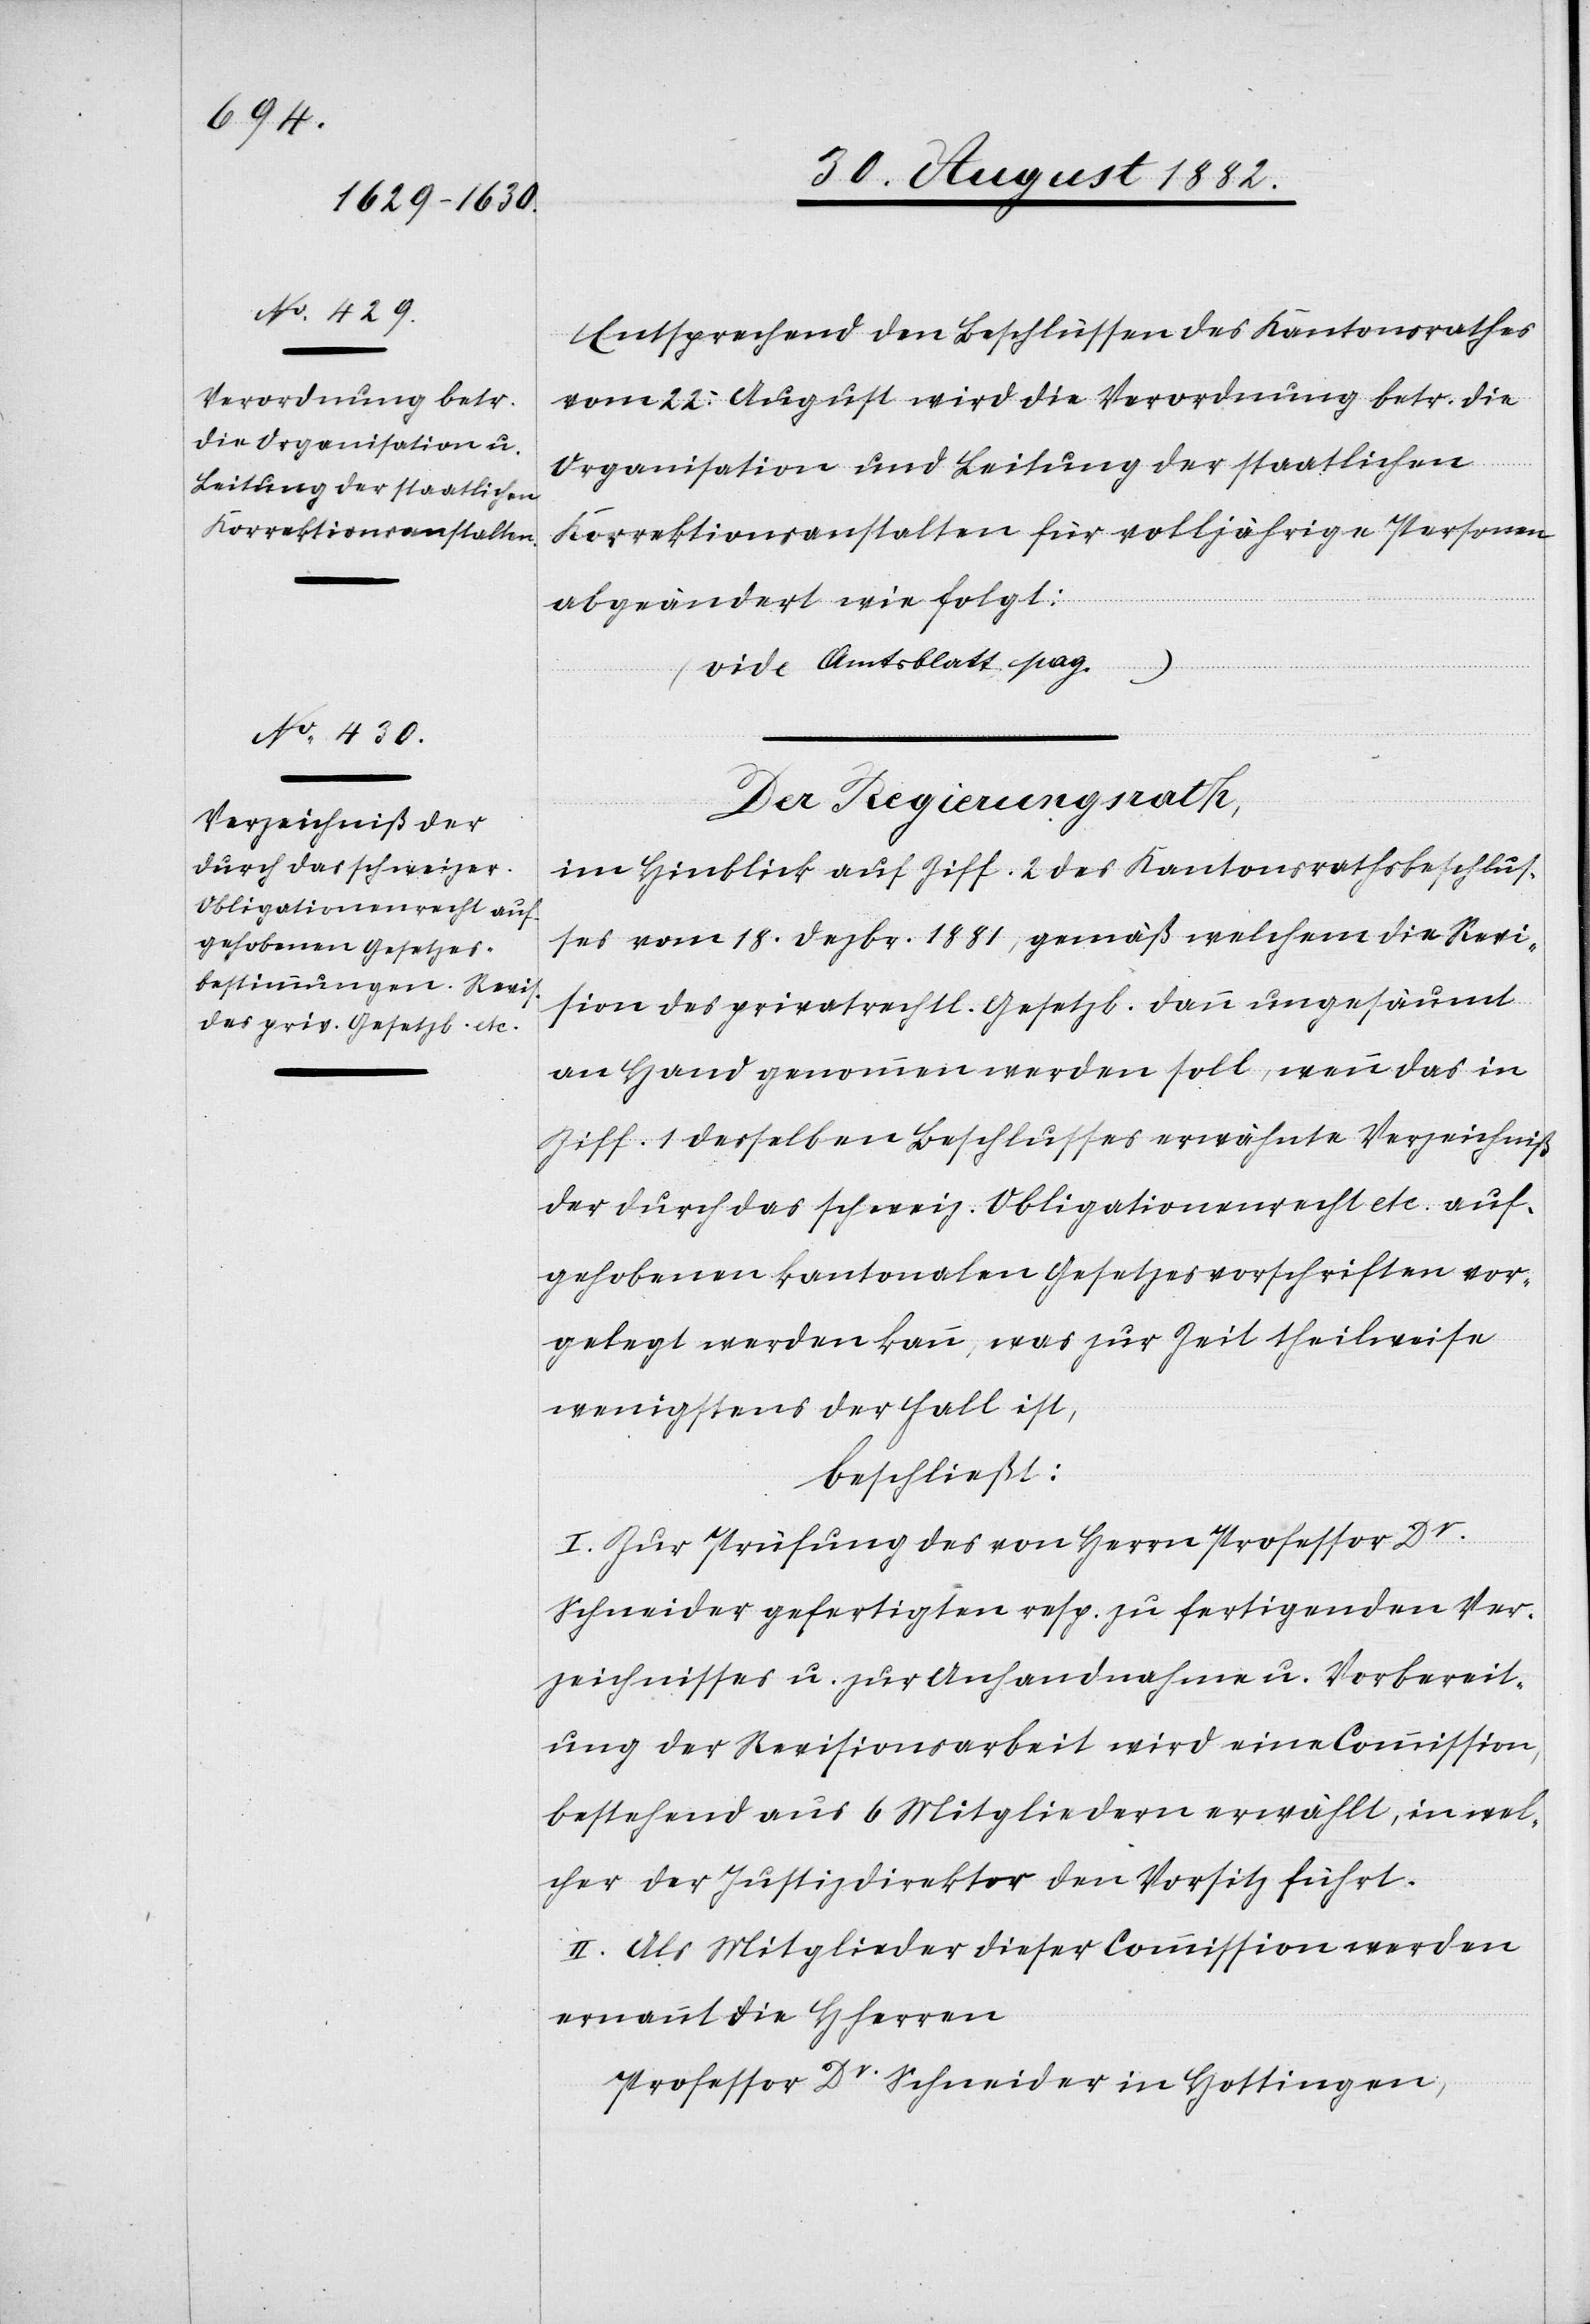
Entsprechend den Beschlüssen des Kantonsrathes
vom 22. August wird die Verordnung betr. die
Organisation und Leitung der staatlichen
Korrektionsanstalten für volljährige Personen
abgeändert wie folgt:
(vide Amtsblatt pag. …)
Der Regierungsrath,
im Hinblick auf Ziff. 2 des Kantonsrathsbeschlus¬
ses vom 18. Dezbr. 1881, gemäß welchem die Revi¬
sion des privatrechtl. Gesetzb. dann ungesäumt
an Hand genommen werden soll, wenn das in
Ziff. 1 desselben Beschlusses erwähnte Verzeichniß
der durch das schweiz. Obligationenrecht etc. auf¬
gehobenen kantonalen Gesetzesvorschriften vor¬
gelegt werden kann, was zur Zeit theilweise
wenigstens der Fall ist,
beschließt:
I. Zur Prüfung des von Herrn Professor Dr
Schneider gefertigten resp. zu fertigenden Ver¬
zeichnisses u. zur Anhandnahme u. Vorbereit¬
ung der Revisionsarbeit wird eine Commission
bestehend aus 6 Mitgliedern erwählt, in wel¬
cher der Justizdirektor den Vorsitz führt.
II. Als Mitglieder dieser Commission werden
ernannt die Hherren
Professor Dr Schneider in Hottingen